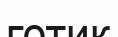
готик